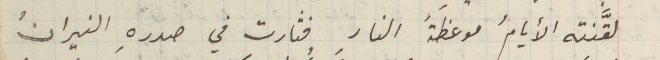
لقَّنته الأيامُ موغظَةَ النارِ فثارت في صدرهِ النيرانُ